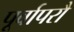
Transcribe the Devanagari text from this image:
पूर्वापरौ